Annual report on the health of the army in India
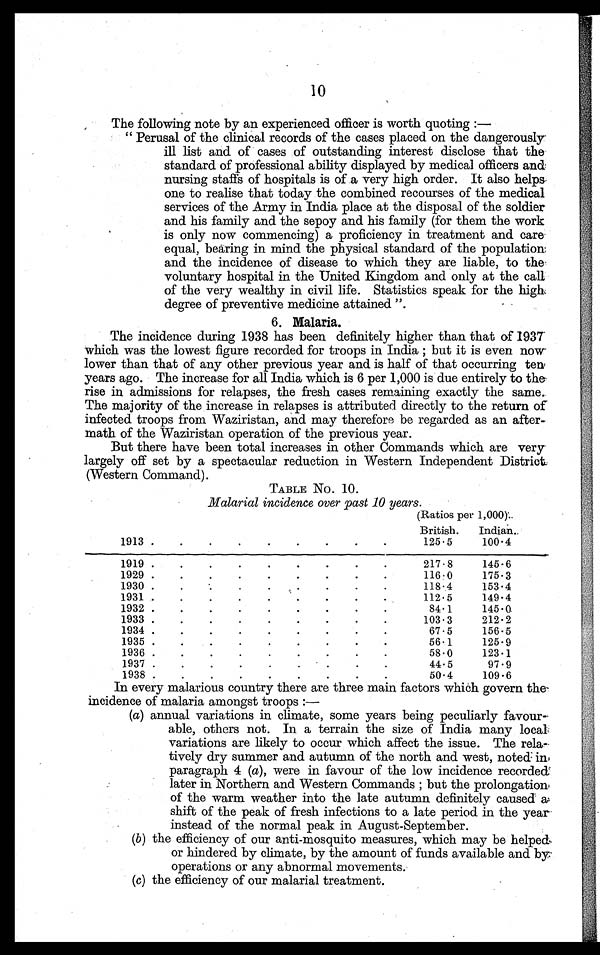
10
The following note by an experienced officer is worth quoting :-
" Perusal of the clinical records of the cases placed on the dangerousl
y i l l l i s t a n d o f c a s e s o f o u t s t a n d i n g i n t e r e s t d i s c l o s e t h a t t h e
standard of professional ability displayed by medical officers and
nursing staffs of hospitals is of a very high order. It also helps.
one to realise that today the combined recourses of the medical
services of the Army in India place at the disposal of the soldier
and his family and the sepoy and his family (for them the work
is only now commencing) a proficiency in treatment and care
equal, bearing in mind the physical standard of the population
and the incidence of disease to which they are liable, to the
voluntary hospital in the United Kingdom and only at the call
of the very wealthy in civil life. Statistics speak for the high
degree of preventive medicine attained ".
6. Malaria.
The incidence during 1938 has been definitely higher than that of 1937
which was the lowest figure recorded for troops in India ; but it is even now
lower than that of any other previous year and is half of that occurring ten
years ago. The increase for all India which is 6 per 1,000 is due entirely to the
rise in admissions for relapses, the fresh cases remaining exactly the same.
The majority of the increase in relapses is attributed directly to the return of
infected troops from Waziristan, and may therefore be regarded as an after-
math of the Waziristan operation of the previous year.
But there have been total increases in other Commands which are very
largely off set by a spectacular reduction in Western Independent District
(Western Command).
TABLE No. 10.
Malarial incidence over past 10 years.
(Ratios per 1,000).
1913 . . .
British.
125.5
Indian.
100.4
1919 . . .
217.8
145.6
1929 . . .
116.0
175.3
1930 . . .
118.4
153.4
1931 . . .
112.5
149.4
1932 . . .
84.1
145.0
1933 . . .
103.3
212.2
1934 . . .
67.5
156.5
1935 . . .
56.1
125.9
1936 . . .
58.0
123.1
1937 . . .
44.5
97.9
1938 . . .
50.4
109.6
In every malarious country there are three main factors which govern the
incidence of malaria amongst troops :
—
( a ) a n n u a l v a r i a t i o n s i n c l i m a t e , s o m e y e a r s b e i n g p e c u l i a r l y f a v o u r -
able, others not. In a terrain the size of India many local
variations are likely to occur which affect the issue. The rela--
tively dry summer and autumn of the north and west, noted in
paragraph 4 (a), were in favour of the low incidence recorded
later in Northern and Western Commands ; but the prolongation
of the warm weather into the late autumn definitely caused a
shift of the peak of fresh infections to a late period in the year
instead of the normal peak in August-September.
( b ) t h e e f f i c i e n c y o f o u r a n t i - m o s q u i t o m e a s u r e s , w h i c h m a y b e h e l p e d
or hindered by climate, by the amount of funds available and by
operations or any abnormal movements.
( c ) t h e e f f i c i e n c y o f o u r m a l a r i a l t r e a t m e n t .